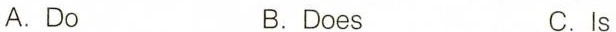
A.Do B.Does C.Is